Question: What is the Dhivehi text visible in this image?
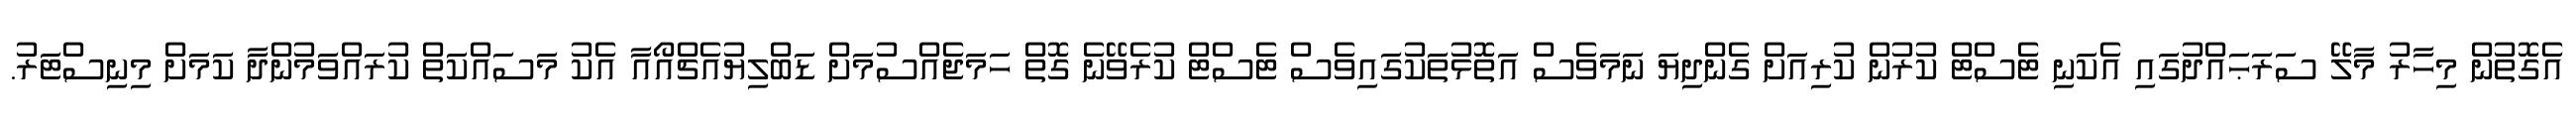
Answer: އެގޮތުން މިހާރު މާލޭ ސަރަޙައްދުގައި އެކަނި ޓެސްޓް ކުރުން ކުރިއަށް ގެންދިޔަ ނަމަވެސް އަތޮޅުތަކުގައިވެސް ޓެސްޓް ކުރެވޭނެ ގޮތް ހަމަޖެއްސުމަށް ޑަބްލިޔުއެޗްއޯއާ އެކު މަސައްކަތް ކުރައްވަމުންދާ ކަމަށް މިނިސްޓަރު.